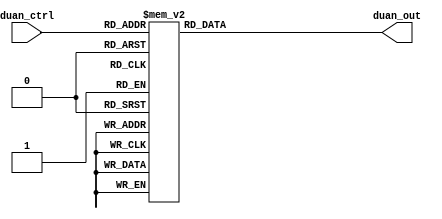
`timescale 1ns / 1ps
//////////////////////////////////////////////////////////////////////////////////
// Company: 
// Engineer: 
// 
// Design Name: 
// Module Name:    duanma 
// Project Name: 
// Target Devices: 
// Tool versions: 
// Description: 
//
// Dependencies: 
//
// Revision: 
// Revision 0.01 - File Created
// Additional Comments: 
//
//////////////////////////////////////////////////////////////////////////////////
module duanma(
    input [3:0] duan_ctrl,
    output [7:0] duan_out
    );
	reg[7:0] duan_temp;
	 
	always@(duan_ctrl)
		case(duan_ctrl)
			4'h0:duan_temp=8'b1100_0000;//0
			4'h1:duan_temp=8'b1111_1001;//1
			4'h2:duan_temp=8'b1010_0100;//2
			4'h3:duan_temp=8'b1011_0000;//3
			4'h4:duan_temp=8'b1001_1001;//4
			4'h5:duan_temp=8'b1001_0010;//5
			4'h6:duan_temp=8'b1000_0010;//6
			4'h7:duan_temp=8'b1111_1000;//7
			4'h8:duan_temp=8'b1000_0000;//8
			4'h9:duan_temp=8'b1001_0000;//9
			default:	
				duan_temp=8'b1111_1111;//no
			endcase
	assign 		duan_out=duan_temp;
endmodule